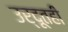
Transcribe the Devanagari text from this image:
उर्दूतही